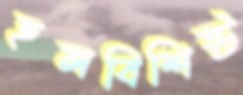
হলবিশিষ্ট